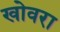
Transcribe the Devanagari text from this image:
खोवरा